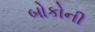
બોકોની